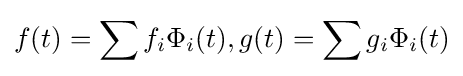
f(t)=\sum f_{i}\Phi _{i}(t),g(t)=\sum g_{i}\Phi _{i}(t)